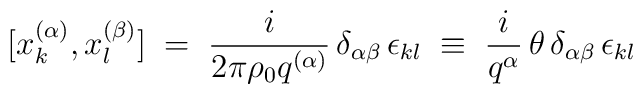
[x^{(\alpha)}_k , x^{(\beta)}_l] \;=\; \frac{i}{2 \pi \rho_0 q^{(\alpha)}}\, \delta_{\alpha \beta}\, \epsilon_{kl} \;\equiv\;\frac{i}{q^{\alpha}} \, \theta \, \delta_{\alpha \beta}\,\epsilon_{kl}